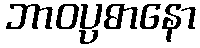
ဘာဝပ္ပဓာနော